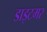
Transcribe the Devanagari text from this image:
डाइटमर